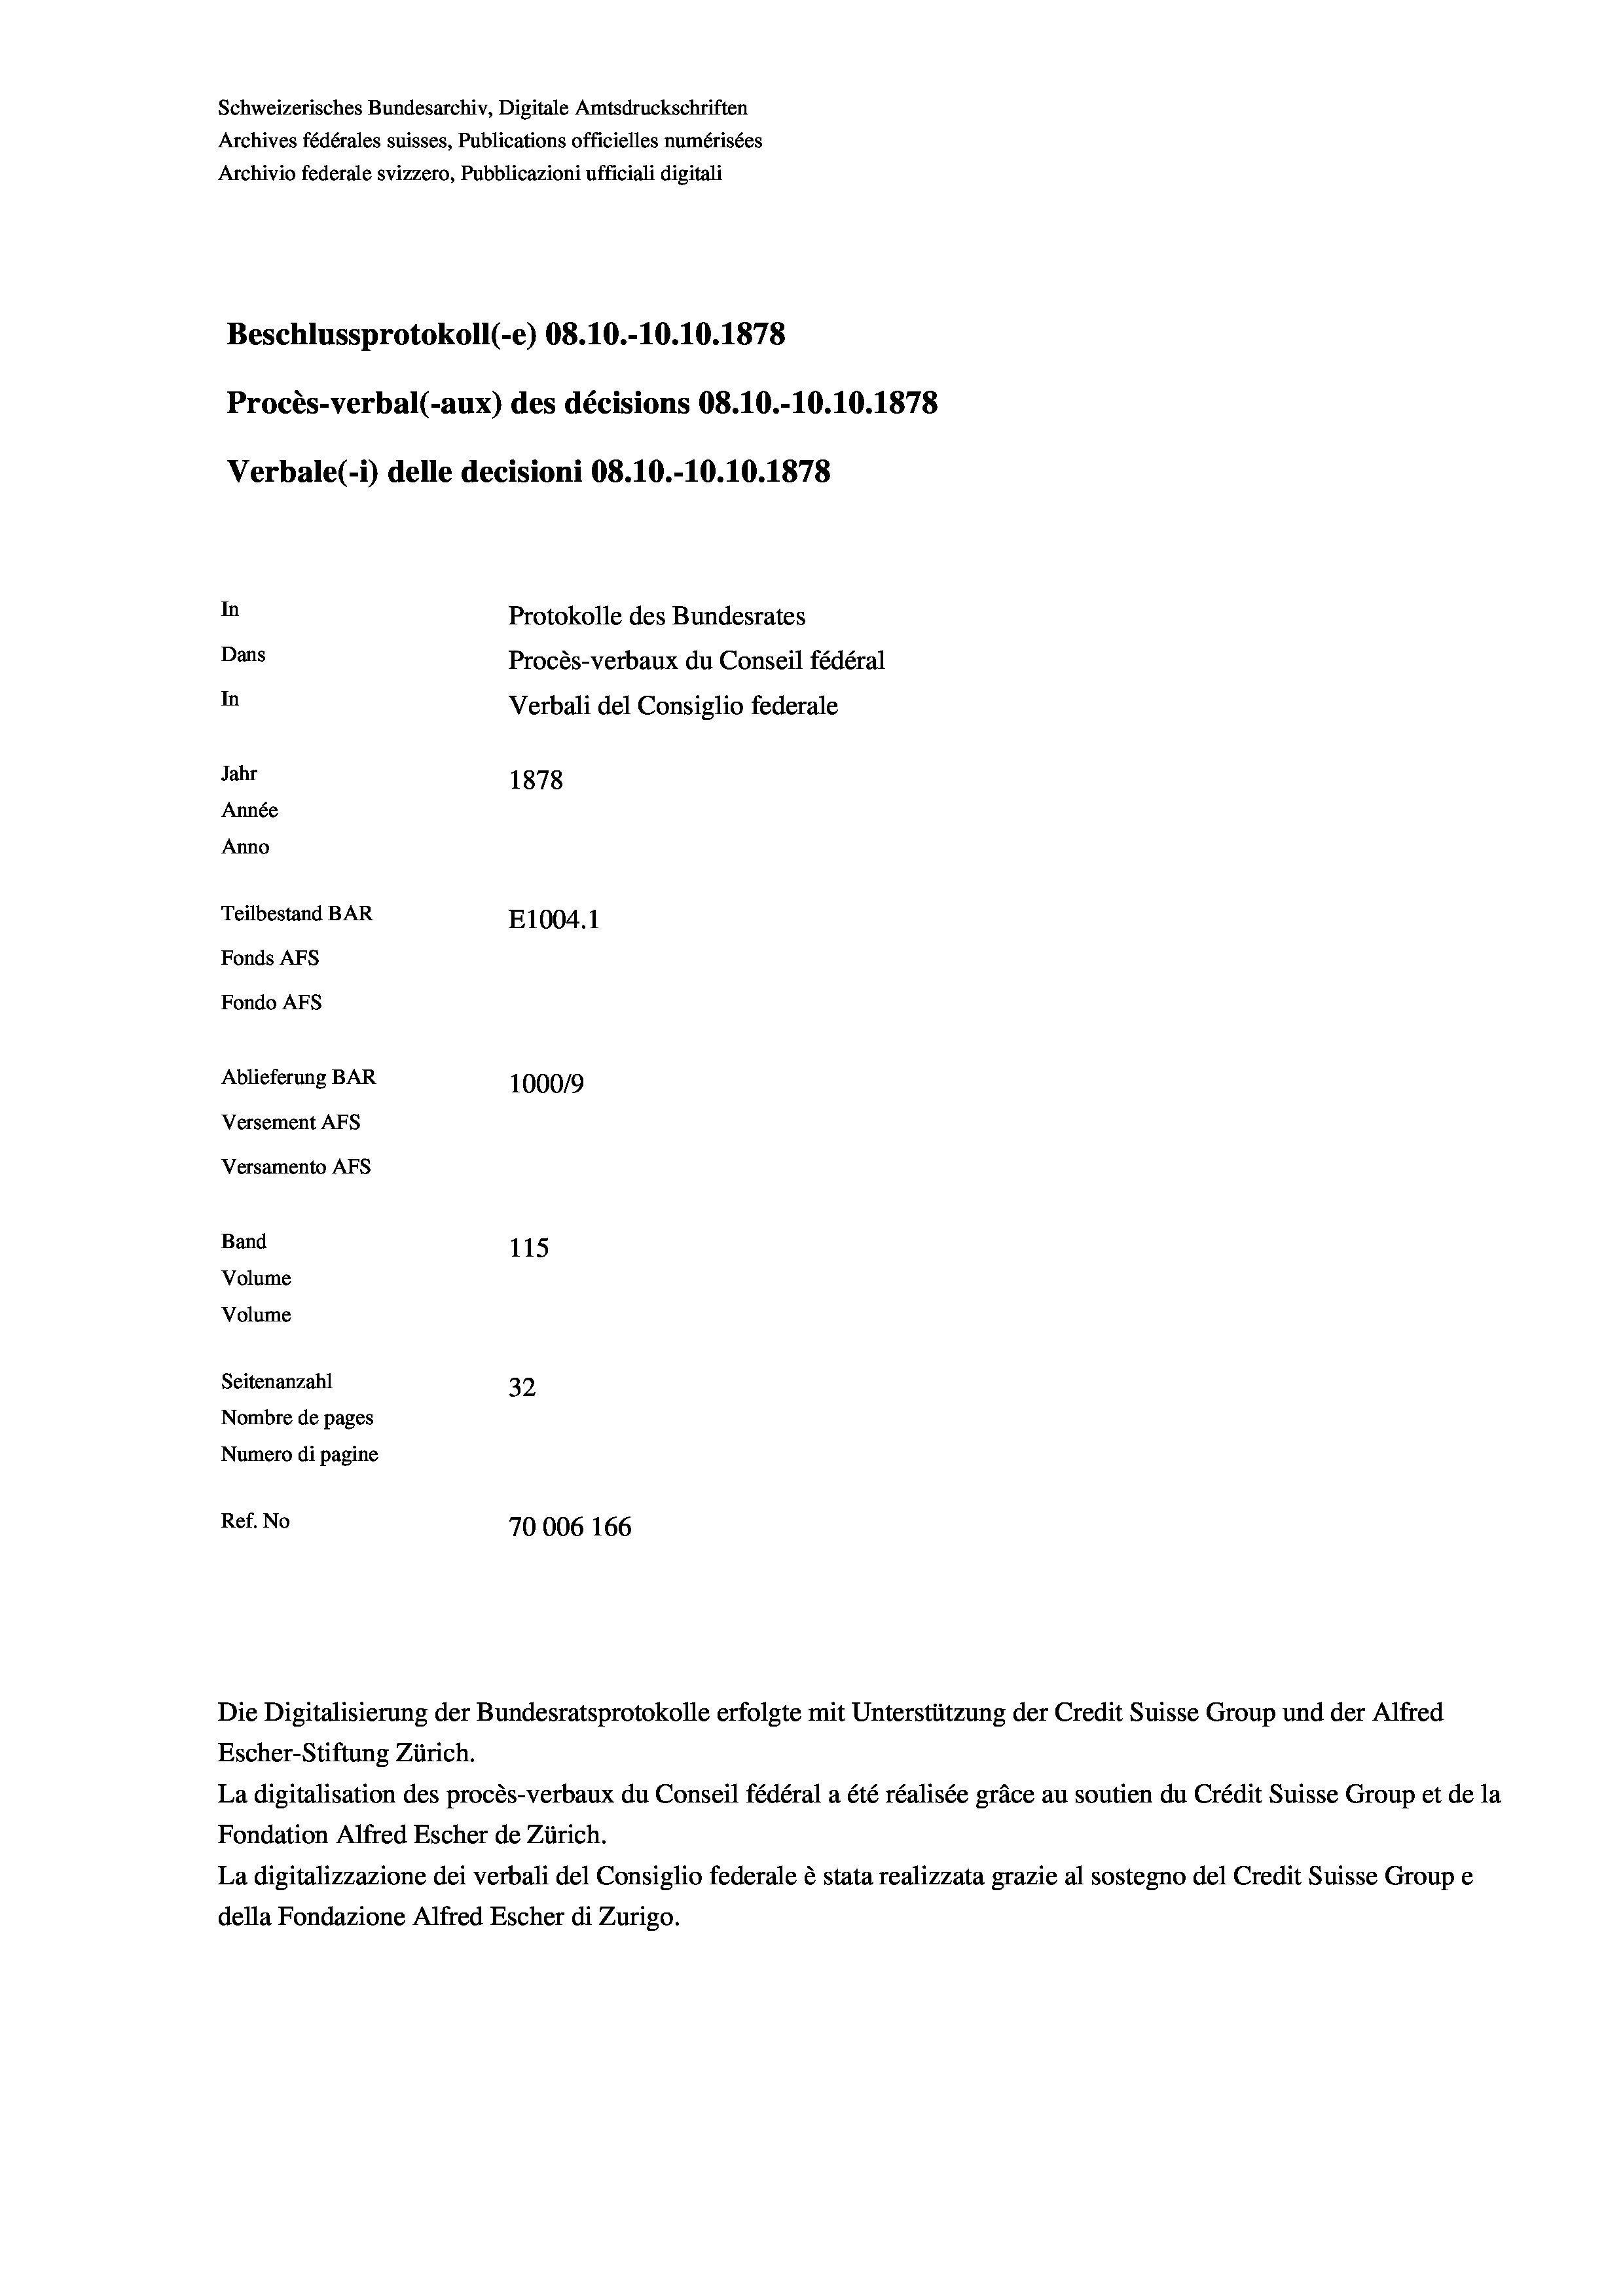
Schweizerisches Bundesarchiv, Digitale Amtsdruckschriften
Archives fédérales suisses, Publications officielles numérisées
Archivio federale svizzero, Pubblicazioni ufficiali digitali
Beschlussprotokoll (-e) 08.10.-10.10.1878
Procès-verbal (-aux) des décisions 08.10.-10.10.1878
Verbale (- 1) delle decisioni 08.10.-10.10.1878
In
Protokolle des Bundesrates
Dans
Procès-verbaux du Conseil fédéral
In
Verbali del Consiglio federale
Jahr
1878
Année
Anno
Teilbestand BAR
E1004.1
Fonds AFs
Fondo AFs
Ablieferung BAR
100019
Versement AFs
Versamento Afs
Band
115
Volume
Volume

Seitenanzahl
32
Nombre de pages
Numero di pagine
Ref. No
70006 166

Escher-Stiftung Zürich.
La digitalisation des procès-verbaux du Conseil fédéral a été réalisée gräce au soutien du Crédit Suisse Group et de la
Fondation Alfred Escher de Zürich.
La digitalizzazione dei verbali del Consiglio federale è stata realizzata grazie al sostegno del Credit Suisse Groupe
della Fondazione Alfred Escher di Zurigo.

Die Digitalisierung der Bundesratsprotokolle erfolgte mit Unterstützung der Credit Suisse Group und der Alfred